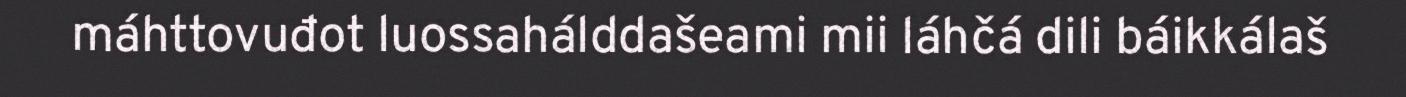
máhttovuđot luossahálddašeami mii láhčá dili báikkálaš